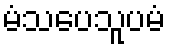
မံသပေသူပမံ